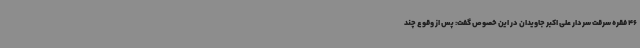
46 فقره سرقت سردار علی اکبر جاویدان در این خصوص گفت: پس از وقوع چند